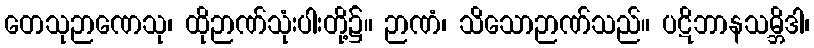
တေသုဉာဏေသု၊ ထိုဉာဏ်သုံးပါးတို့၌။ ဉာဏံ၊ သိသောဉာဏ်သည်။ ပဋိဘာနသမ္ဘိဒါ၊